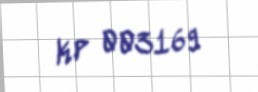
KP 003169